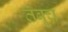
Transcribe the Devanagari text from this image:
तंबूच